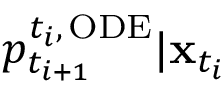
p _ { t _ { i + 1 } } ^ { { t _ { i } } , \, \mathrm { O D E } } | \mathbf { x } _ { t _ { i } }